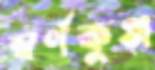
স্বর্ণকুঞ্জ